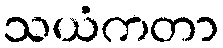
သယံကတာ